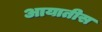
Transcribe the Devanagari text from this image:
आयातीस